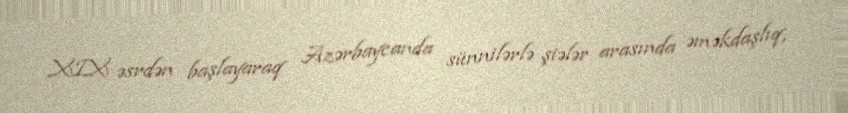
XIX əsrdən başlayaraq Azərbaycanda sünnilərlə şiələr arasında əməkdaşlıq,